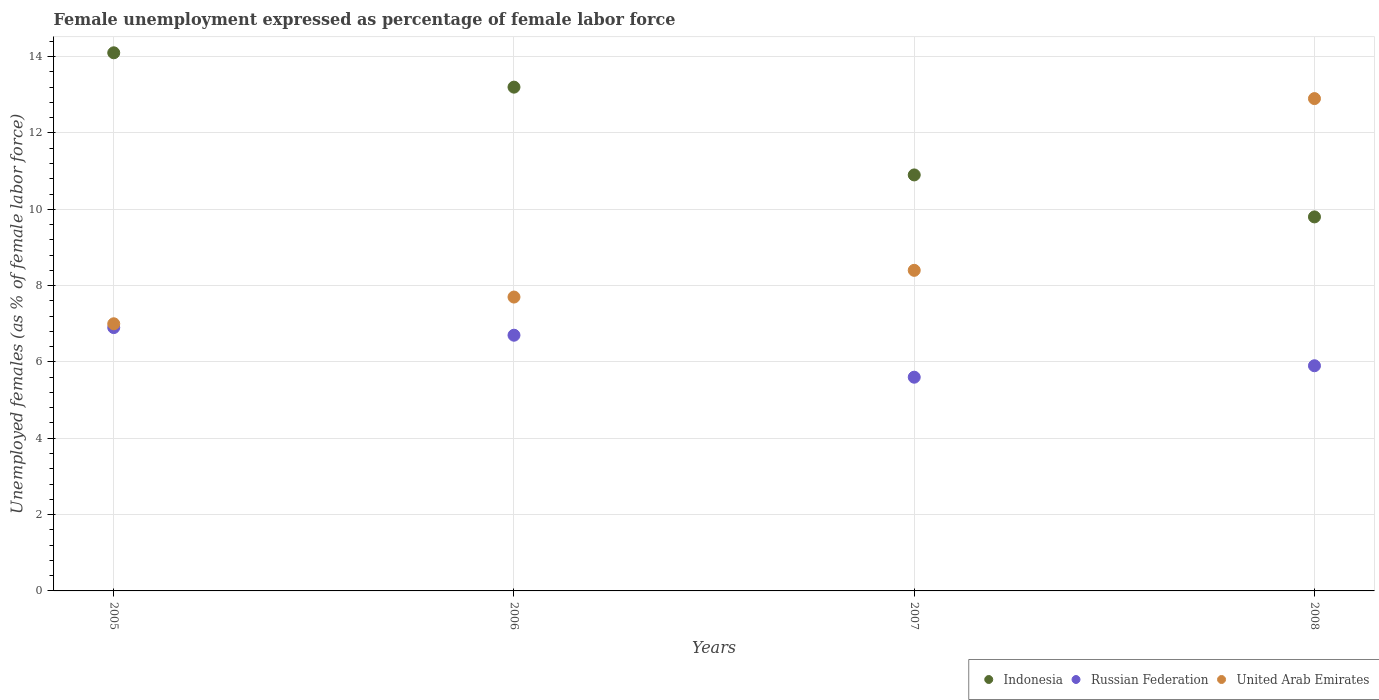
| Years | Indonesia | Russian Federation | United Arab Emirates |
 | --- | --- | --- | --- |
 | 2005 | 14.1 | 6.9 | 7 |
 | 2006 | 13.2 | 6.7 | 7.7 |
 | 2007 | 10.9 | 5.6 | 8.4 |
 | 2008 | 9.8 | 5.9 | 12.9 |